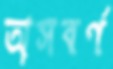
অসবর্ণ